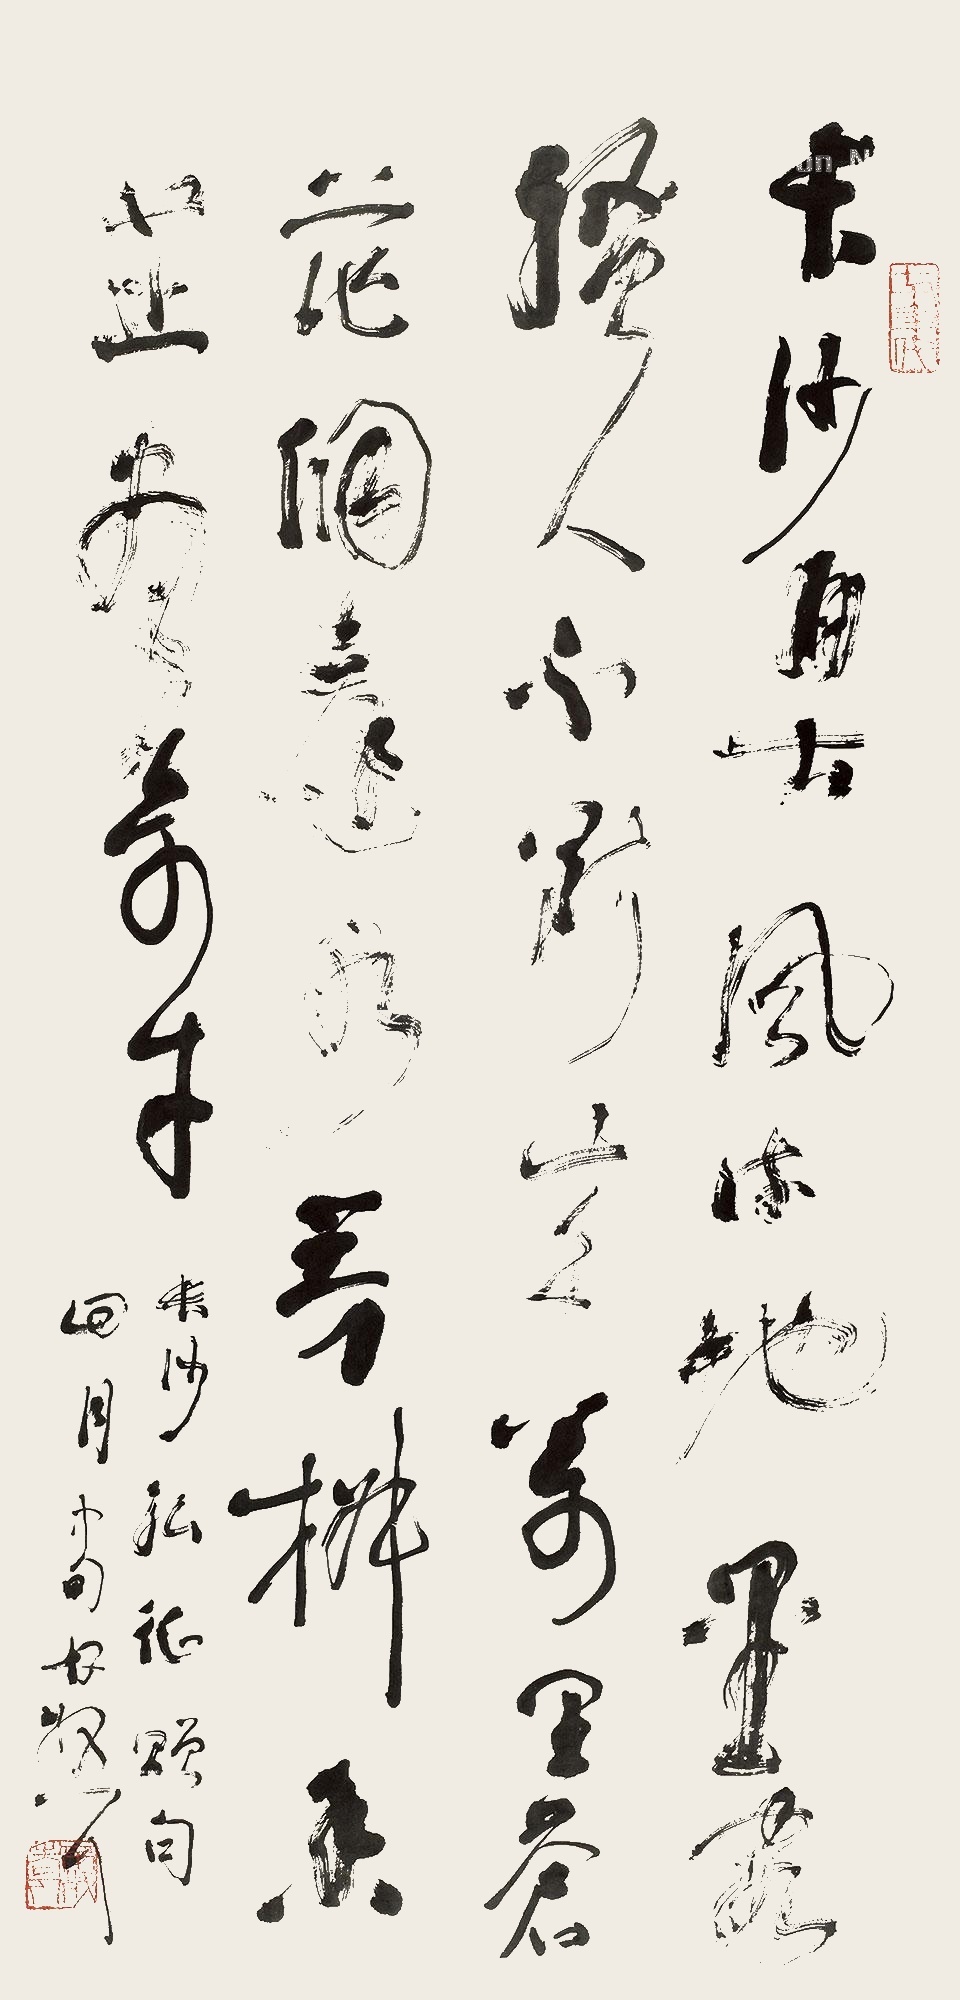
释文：长沙自古风流地，墨客骚人不断来。万里苍茫洞庭水，芳椒香芷尽奇才。长沙弘征赠句，四月中旬，林散耳。